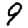
Digit: 9